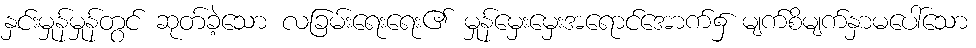
နှင်းမှုန်မှုန်တွင် ဆုတ်ခဲ့သော လခြမ်းရေးရေး၏ မှုန်မှေးမှေးအရောင်အောက်၌ မျက်စိမျက်နှာမပေါ်သော